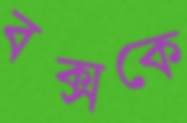
বক্সকে